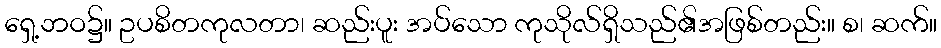
ရှေ့ဘဝ၌။ ဥပစိတကုလတာ၊ ဆည်းပူး အပ်သော ကုသိုလ်ရှိသည်၏အဖြစ်တည်း။ စ၊ ဆက်။